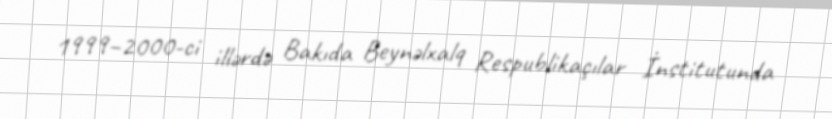
1999–2000-ci illərdə Bakıda Beynəlxalq Respublikaçılar İnstitutunda